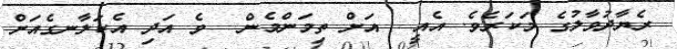
ރެޔާދުވާލުގެ މަކަރެވެ. އެއީ  އަށް ތިމަންމެން  ވެ އަދި އެކަލާނގެއަށް